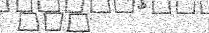
١١٥